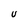
Character: U